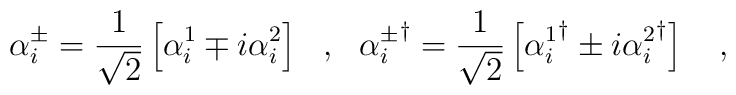
\alpha^\pm_i=\frac{1}{\sqrt{2}}\left[\alpha^1_i\mp i\alpha^2_i\right]\ \ ,\ \ {\alpha^\pm_i}^\dagger=\frac{1}{\sqrt{2}}\left[{\alpha^1_i}^\dagger\pm i{\alpha^2_i}^\dagger\right]\ \ \ ,